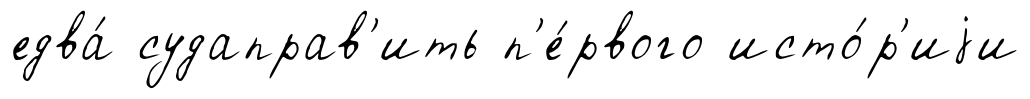
едва́ судаправ'ить п'е́рвого исто́р'иjи